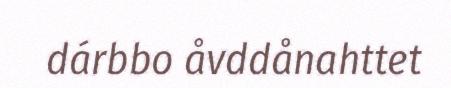
dárbbo åvddånahttet